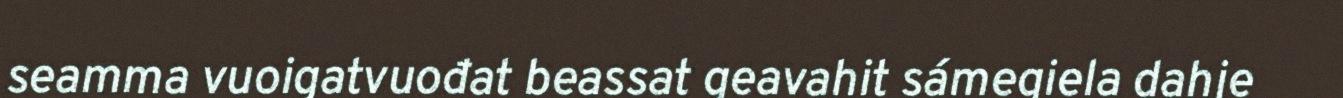
seamma vuoigatvuođat beassat geavahit sámegiela dahje